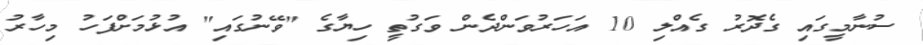
ސުނާމީގައި ގެދޮރު ގެއްލި 10 އަހަރުވަންދެން ވަގުތީ ހިޔާގެ "ވޭނުގައި" އުޅުމަށްފަހު މިހާރު